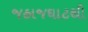
જહાજઘાટથી